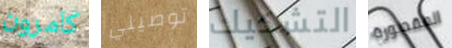
كامرون توصيلي التشكيك المقصورة